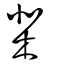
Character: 棐